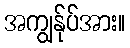
အကျွန်ုပ်အား။